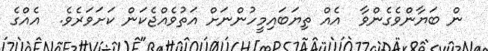
ން ބަޔާންވެގެންވާ  އެއް ތިޔަބައިމީހުންނަށް އަތުވެއްޖެކަން ކަށަވަރެވެ.  އެއްގެ